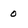
Character: 0